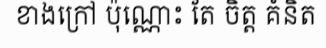
ខាងក្រៅ ប៉ុណ្ណោះ តែ ចិត្ត គំនិត